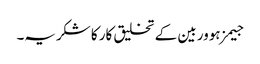
جیمز ہوور بین کے تخلیق کار کا شکریہ۔